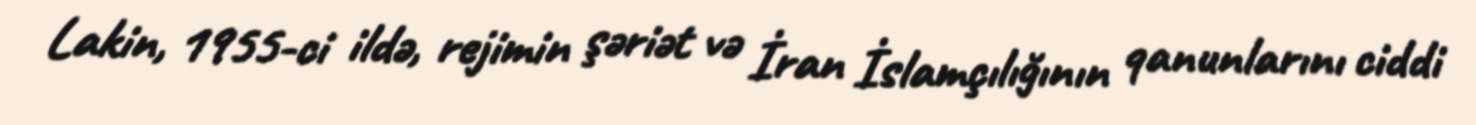
Lakin, 1955-ci ildə, rejimin şəriət və İran İslamçılığının qanunlarını ciddi